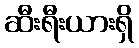
ဆီးရီးယားရှိ